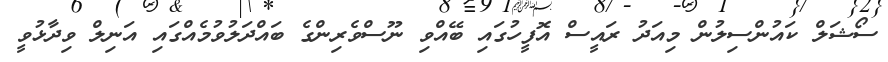
ސޯޝަލް ކައުންސިލުން މިއަދު ރައީސް އޮފީހުގައި ބޭއްވި ނޫސްވެރިންގެ ބައްދަލުވުމެއްގައި އަނިލް ވިދާޅުވީ